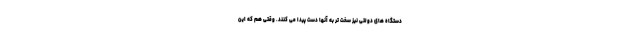
دستگاه های دولتی نیز سخت تر به آنها دست پیدا می کنند. وقتی هم که این